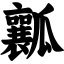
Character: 瓤